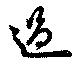
過